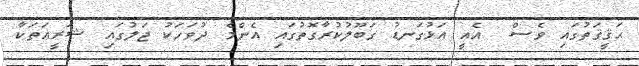
ޙަޤީޤަތުގައި ވެސް  އެއީ އަޅުގަނޑު ގަބޫލުކުރާގޮތުގައި އެންމެ ދުވަހަކު ޖަލުގައި ޝަރީޢަތަކާ